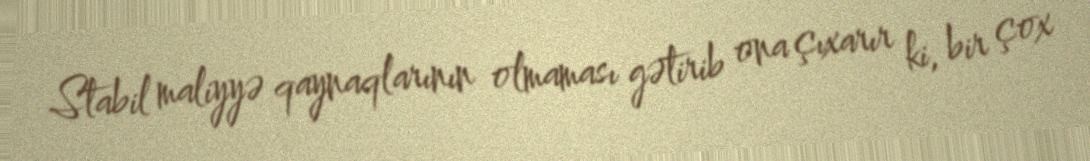
Stabil maliyyə qaynaqlarının olmaması gətirib ona çıxarır ki, bir çox